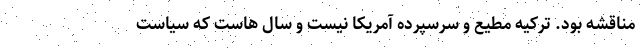
مناقشه بود. ترکیه مطیع و سرسپرده آمریکا نیست و سال هاست که سیاست